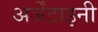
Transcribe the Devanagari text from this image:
अर्जेंटाइनी